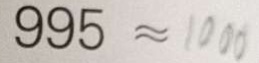
9 9 5 \approx 1 0 0 0